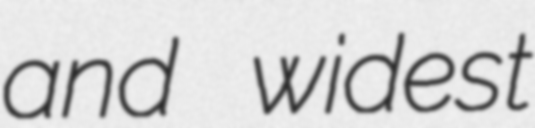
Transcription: and widest